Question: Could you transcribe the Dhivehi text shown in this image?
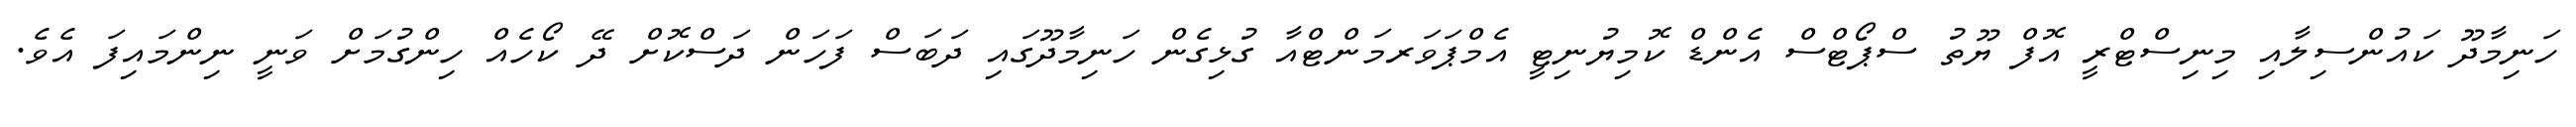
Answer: ހަނިމާދޫ ކައުންސިލާއި މިނިސްޓްރީ އޮފް ޔޫތު ސްޕޯޓްސް އެންޑް ކޮމިޔުނިޓީ އެމްޕަވަރމަންޓްއާ ގުޅިގެން ހަނިމާދޫގައި ދަބަސް ފަހަން ދަސްކޮށް ދޭ ކޯހެއް ހިންގުމަށް ވަނީ ނިންމައިފަ އެވެ.